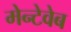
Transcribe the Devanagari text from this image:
मेन्टेवेब